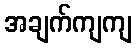
အချက်ကျကျ